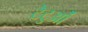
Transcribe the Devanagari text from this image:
टेटुओं